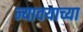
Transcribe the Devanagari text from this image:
न्यावयाच्या